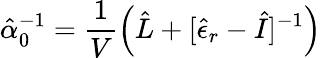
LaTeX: \hat{\alpha}_{0}^{-1}=\frac{1}{V}\left(\hat{L}+[\hat{\epsilon}_{r}-\hat{I}]^{-1}\right)